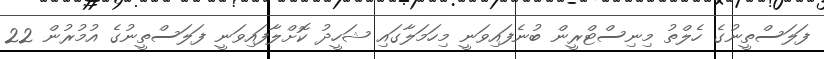
ފަލަސްތީނުގެ ހެލްތު މިނިސްޓްރީން ބުނެފައިވަނީ މިހަމަލާގައި ޝަހީދު ކޮށްލާފައިވަނީ ފަލަސްތީނުގެ އުމުރުން 22